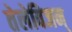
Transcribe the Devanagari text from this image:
तेलेविजन्